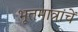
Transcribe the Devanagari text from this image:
भूतमात्रांचें